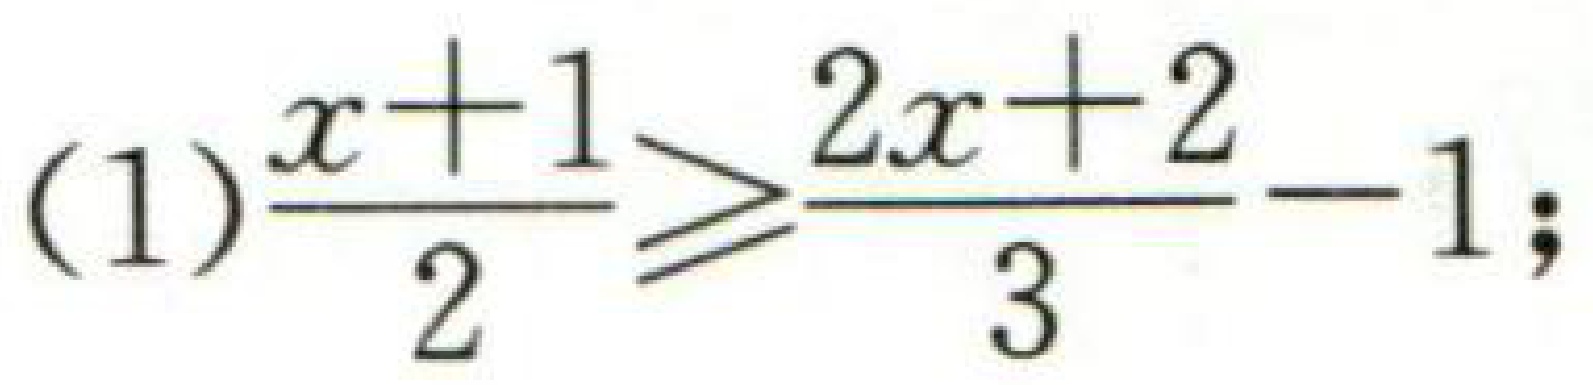
(1)$\dfrac{x + 1}{2}\geqslant\dfrac{2x + 2}{3}-1;$